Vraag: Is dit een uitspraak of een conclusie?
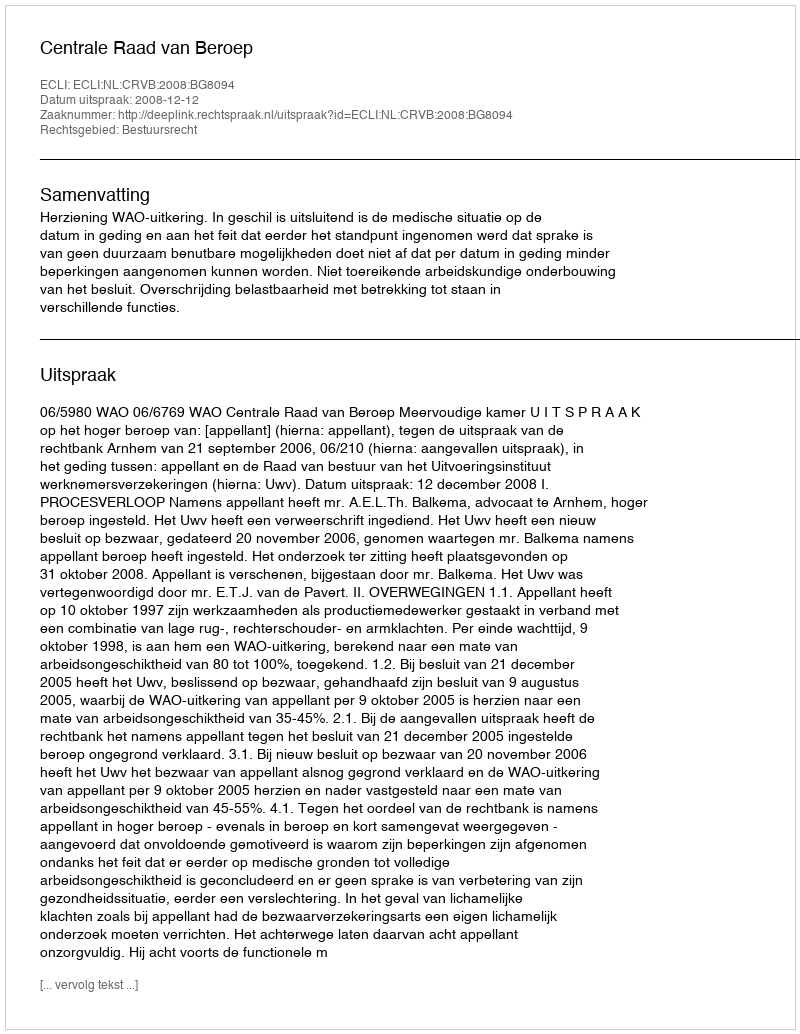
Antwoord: Uitspraak